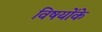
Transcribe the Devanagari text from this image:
विषयोंके